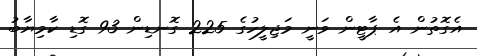
އެގޮތުން އެ ޕާޓީން ވަނީ މަޖިލީހުގެ 225 ގޮނޑިން 93 ގޮޑި ކާމިޔާބު